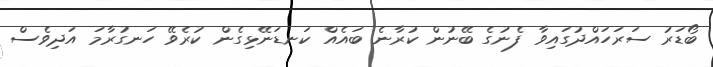
ބޯޑަރު ސަރަހައްދުގައިވާ ފެނުގެ ބޭނުން ކުރާނެ ބައެއް ކަނޑަނޭޅިގެން ކުރެވޭ ހަނގުރާމަ އަދިވެސް